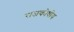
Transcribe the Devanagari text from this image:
राजकोषीय